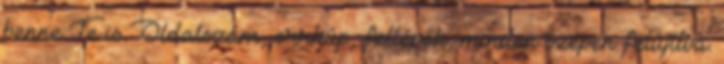
benne Te is Oldalszám, orrkúp, fellépők, minden szépen felújítva.